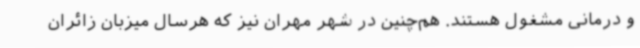
و درمانی مشغول‌ هستند. هم‌چنین در شهر مهران نیز که هرسال میزبان زائران